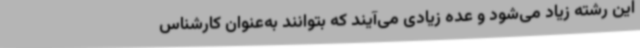
این رشته زیاد می‌شود و عده زیادی می‌آیند که بتوانند به‌عنوان کارشناس